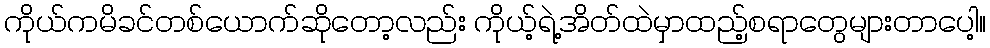
ကိုယ်ကမိခင်တစ်ယောက်ဆိုတော့လည်း ကိုယ့်ရဲ့အိတ်ထဲမှာထည့်စရာတွေများတာပေါ့။